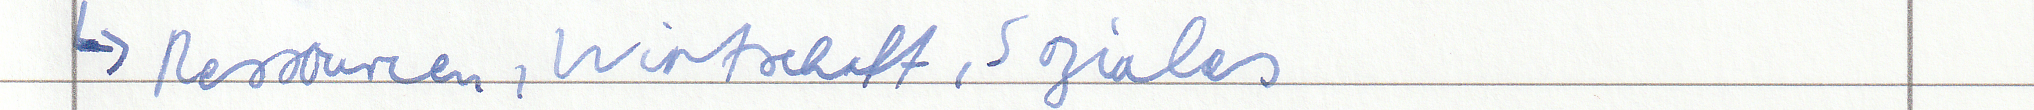
-> Ressourcen, Wirtschaft, Soziales